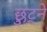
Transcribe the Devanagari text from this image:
छुट्ने